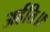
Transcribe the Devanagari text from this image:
अर्हति॥